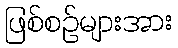
ဖြစ်စဉ်များအား